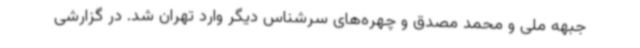
جبهه ملی و محمد مصدق و چهره‌های سرشناس دیگر وارد تهران شد. در گزارشی